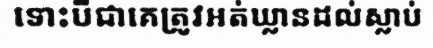
ទោះបីជាគេត្រូវអត់ឃ្លានដល់ស្លាប់